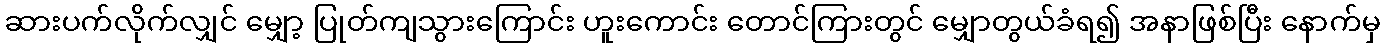
ဆားပက်လိုက်လျှင် မျှော့ ပြုတ်ကျသွားကြောင်း ဟူးကောင်း တောင်ကြားတွင် မျှောတွယ်ခံရ၍ အနာဖြစ်ပြီး နောက်မှ